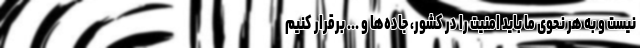
نیست و به هر نحوی ما باید امنیت را در کشور، جاده‌ها و ... برقرار کنیم